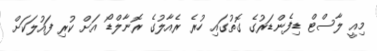
މިއީ ލާސްޓް ޑިފެންޑަރުގެ ގޮތުގައި ހުރެ ރެއާލުގެ ރޮނާލްޑޯ އަށް ކުރި ފައުލަކަށް